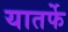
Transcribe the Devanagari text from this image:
यातर्फे